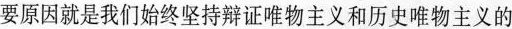
要原因就是我们始终坚持辩证唯物主义和历史唯物主义的